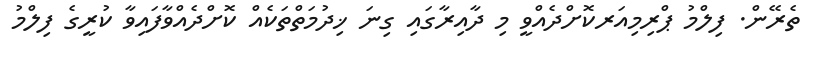
ތެރޭން. ފިލްމު ޕްރިމިއަރކޮށްދެއްވީ މި ދާއިރާގައި ގިނަ ޚިދުމަތްތަކެއް ކޮށްދެއްވާފައިވާ ކުރީގެ ފިލްމު